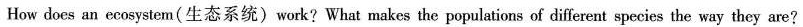
How does an ecosystem(生态系统)work?What makes the populations of different species the way they are?